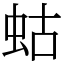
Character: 蛄